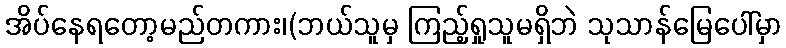
အိပ်နေရတော့မည်တကား၊(ဘယ်သူမှ ကြည့်ရှုသူမရှိဘဲ သုသာန်မြေပေါ်မှာ